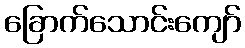
ခြောက်သောင်းကျော်